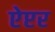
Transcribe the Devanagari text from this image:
ऐप्टर